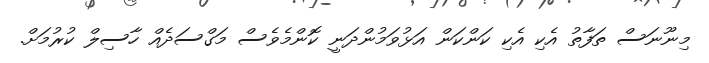
މިނޫނަސް ތަފާތު އެކި އެކި ކަންކަން އަޅުވަމުންދަނީ ކޮންމެވެސް މަގްސަދެއް ހާސިލް ކުރުމަށް.